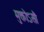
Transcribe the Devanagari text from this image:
मुक्तोऽसौ